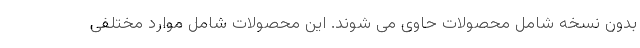
بدون نسخه شامل محصولات حاوی می شوند. این محصولات شامل موارد مختلفی